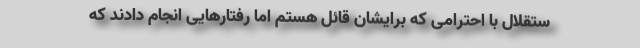
ستقلال با احترامی که برایشان قائل هستم اما رفتارهایی انجام دادند که